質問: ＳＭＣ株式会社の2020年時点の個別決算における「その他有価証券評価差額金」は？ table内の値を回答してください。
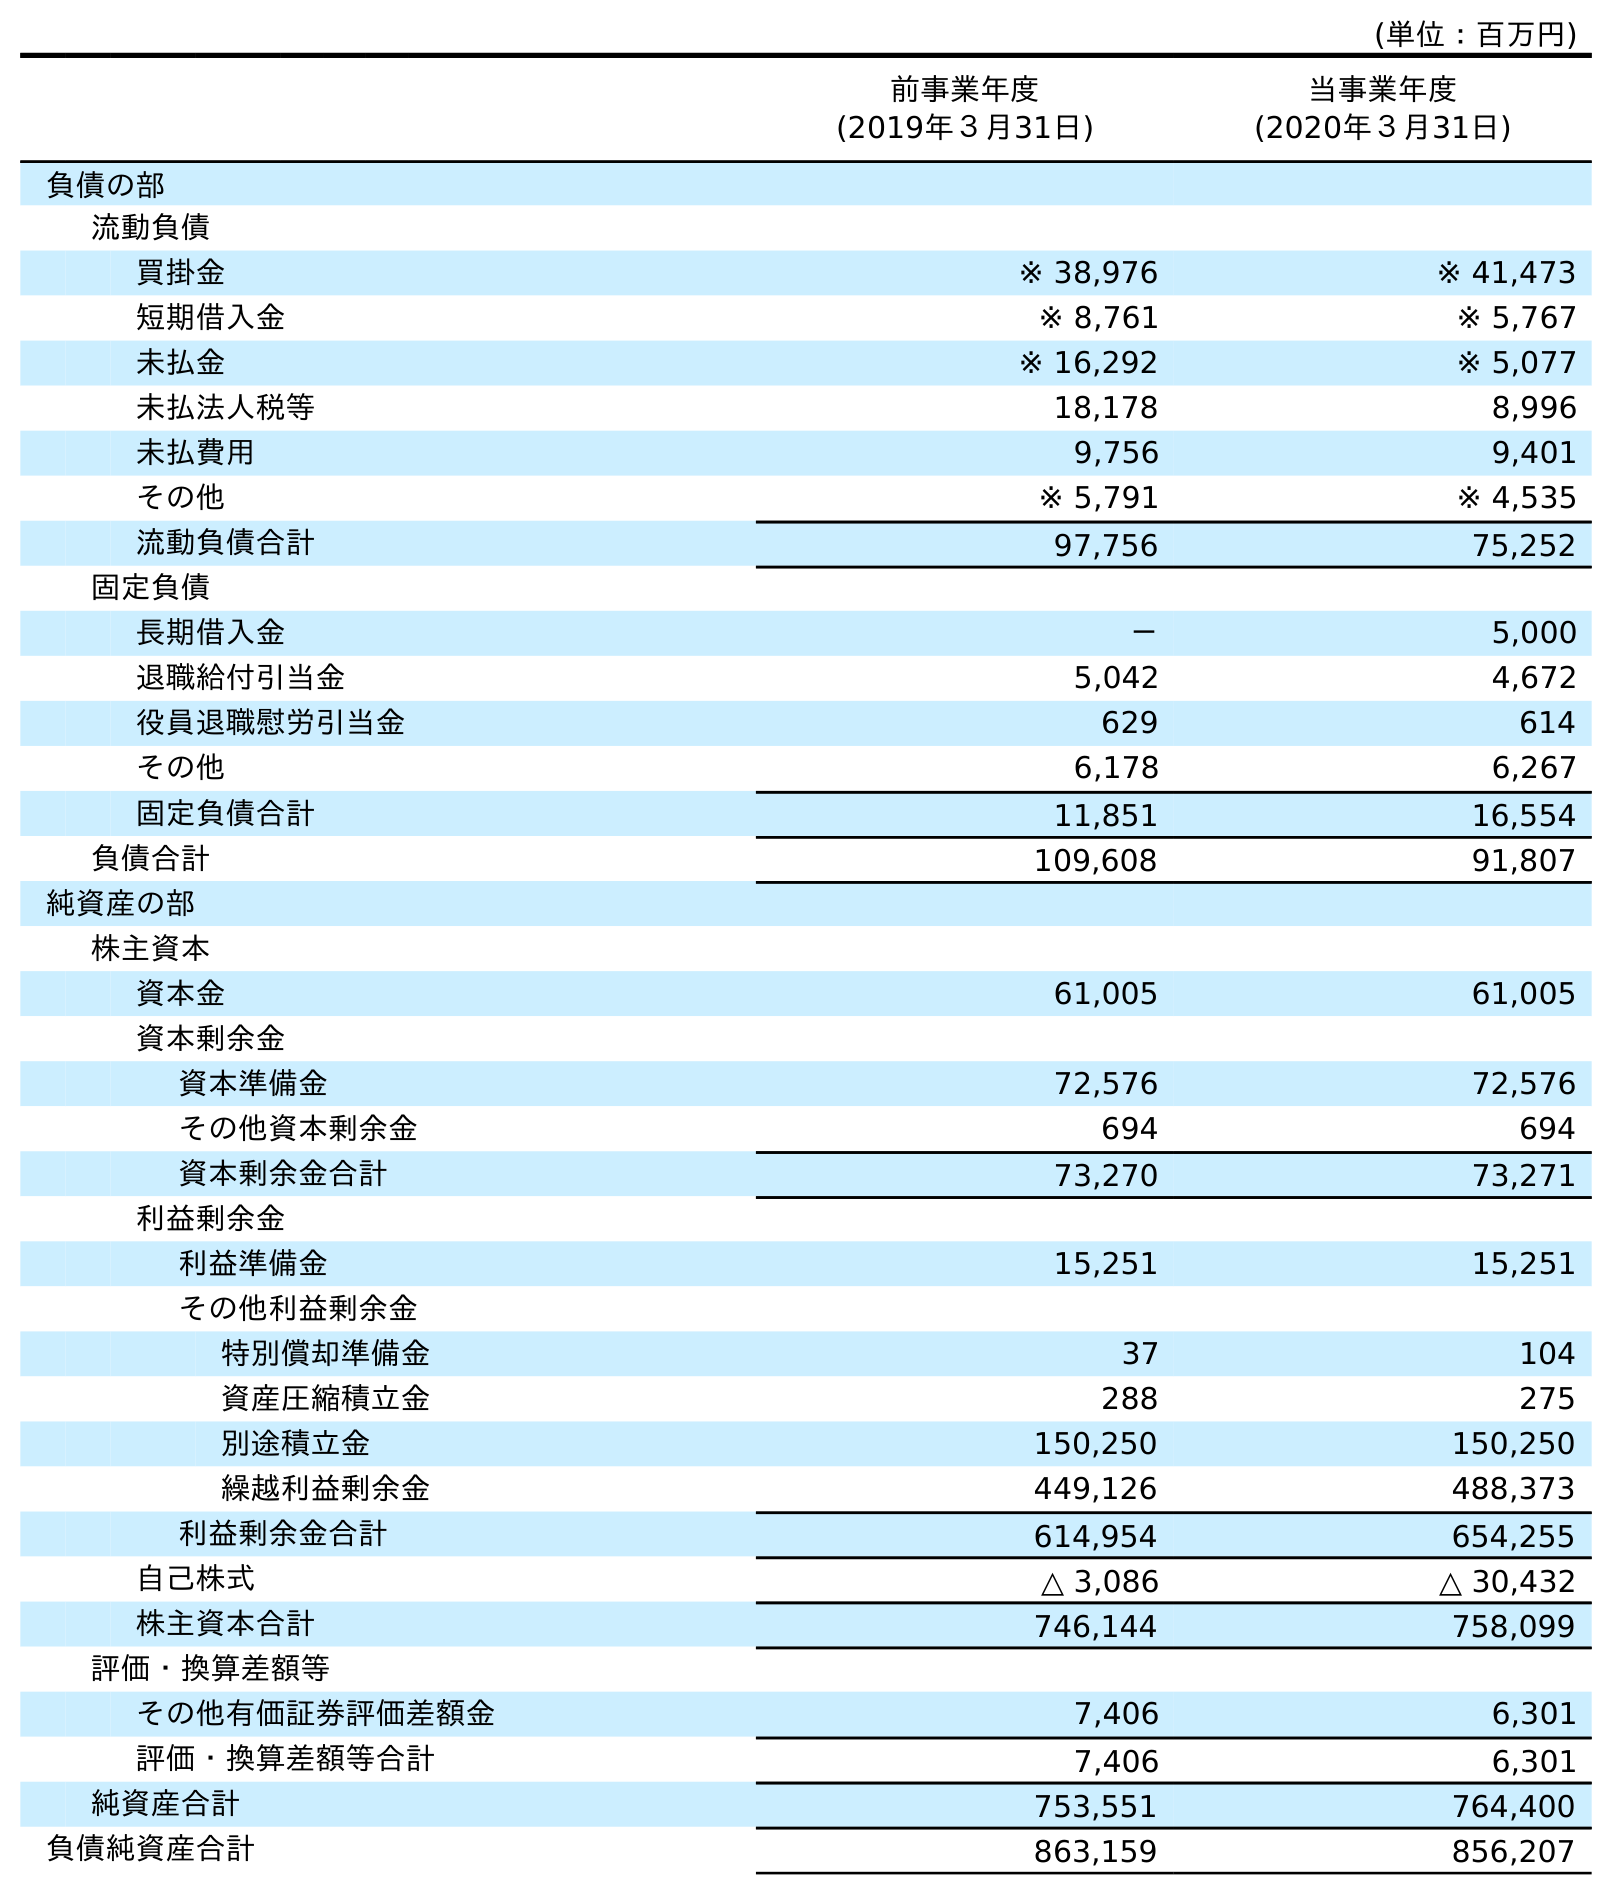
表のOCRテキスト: (単位：百万円) 前事業年度 (2019年３月31日) 当事業年度 (2020年３月31日) 負債の部 流動負債 買掛金 ※ 38,976 ※ 41,473 短期借入金 ※ 8,761 ※ 5,767 未払金 ※ 16,292 ※ 5,077 未払法人税等 18,178 8,996 未払費用 9,756 9,401 その他 ※ 5,791 ※ 4,535 流動負債合計 97,756 75,252 固定負債 長期借入金 － 5,000 退職給付引当金 5,042 4,672 役員退職慰労引当金 629 614 その他 6,178 6,267 固定負債合計 11,851 16,554 負債合計 109,608 91,807 純資産の部 株主資本 資本金 61,005 61,005 資本剰余金 資本準備金 72,576 72,576 その他資本剰余金 694 694 資本剰余金合計 73,270 73,271 利益剰余金 利益準備金 15,251 15,251 その他利益剰余金 特別償却準備金 37 104 資産圧縮積立金 288 275 別途積立金 150,250 150,250 繰越利益剰余金 449,126 488,373 利益剰余金合計 614,954 654,255 自己株式 △ 3,086 △ 30,432 株主資本合計 746,144 758,099 評価・換算差額等 その他有価証券評価差額金 7,406 6,301 評価・換算差額等合計 7,406 6,301 純資産合計 753,551 764,400 負債純資産合計 863,159 856,207
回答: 6,301